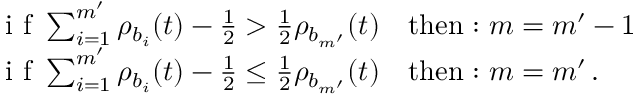
\begin{array} { r l } & { \textrm { i f } \sum _ { i = 1 } ^ { m ^ { \prime } } \rho _ { b _ { i } } ( t ) - \frac { 1 } { 2 } > \frac { 1 } { 2 } \rho _ { b _ { m ^ { \prime } } } ( t ) \quad \mathrm { t h e n : ~ } m = m ^ { \prime } - 1 } \\ & { \textrm { i f } \sum _ { i = 1 } ^ { m ^ { \prime } } \rho _ { b _ { i } } ( t ) - \frac { 1 } { 2 } \le \frac { 1 } { 2 } \rho _ { b _ { m ^ { \prime } } } ( t ) \quad \mathrm { t h e n : ~ } m = m ^ { \prime } \, . } \end{array}